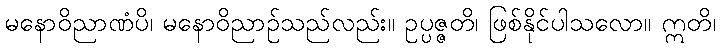
မနောဝိညာဏံပိ၊ မနောဝိညာဉ်သည်လည်း။ ဥပ္ပဇ္ဇတိ၊ ဖြစ်နိုင်ပါသလော။ ဣတိ၊